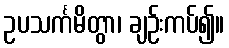
ဥပသင်္ကမိတွာ၊ ချဉ်းကပ်၍။